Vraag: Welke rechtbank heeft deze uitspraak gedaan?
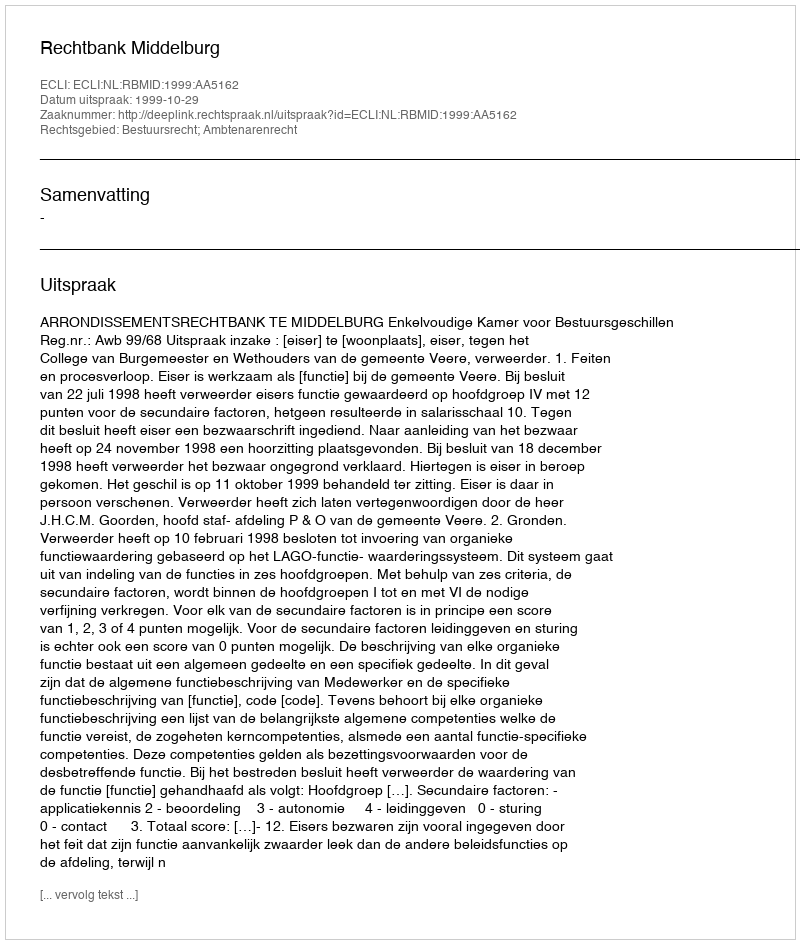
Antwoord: Rechtbank Middelburg